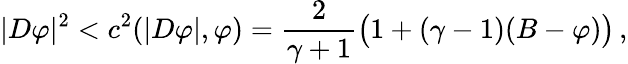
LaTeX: |D\varphi|^{2}<c^{2}(|D\varphi|,\varphi)=\frac{2}{\gamma+1}\big(1+(\gamma-1)(B-\varphi)\big)\, ,